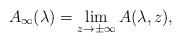
LaTeX: \begin{align*}A_\infty(\lambda)=\lim\limits_{z\rightarrow\pm\infty}A(\lambda,z),\end{align*}